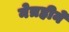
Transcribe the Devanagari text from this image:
नेत्रहीने